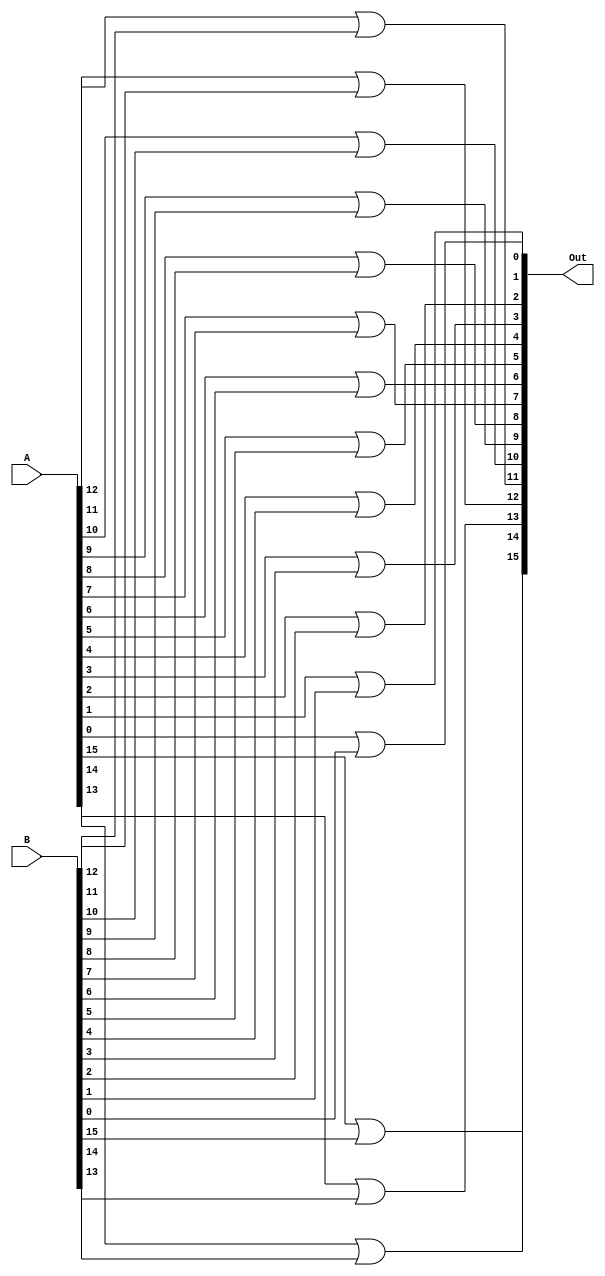
module or16(A, B, Out);
	input [15:0] A;
	input [15:0] B;

	output [15:0] Out;
	
	assign Out[15] = A[15] | B[15];
	assign Out[14] = A[14] | B[14];
	assign Out[13] = A[13] | B[13];
	assign Out[12] = A[12] | B[12];
	assign Out[11] = A[11] | B[11];
	assign Out[10] = A[10] | B[10];
	assign Out[9]  = A[9]  | B[9];
	assign Out[8]  = A[8]  | B[8];
	assign Out[7]  = A[7]  | B[7];
	assign Out[6]  = A[6]  | B[6];
	assign Out[5]  = A[5]  | B[5];
	assign Out[4]  = A[4]  | B[4];
	assign Out[3]  = A[3]  | B[3];
  assign Out[2]  = A[2]  | B[2];
	assign Out[1]  = A[1]  | B[1];
	assign Out[0]  = A[0]  | B[0];

endmodule